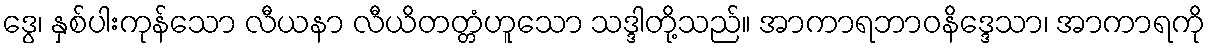
ဒွေ၊ နှစ်ပါးကုန်သော လီယနာ လီယိတတ္တံဟူသော သဒ္ဒါတို့သည်။ အာကာရဘာဝနိဒ္ဒေသာ၊ အာကာရကို